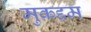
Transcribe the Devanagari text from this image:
मुक़द्दम